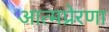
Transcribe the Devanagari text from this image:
आत्मप्रेरणा